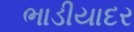
ભાડીયાદર